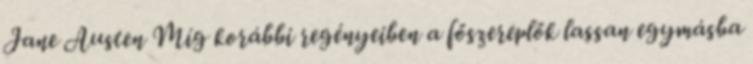
Jane Austen Míg korábbi regényeiben a főszereplők lassan egymásba